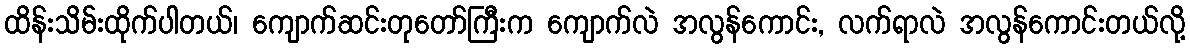
ထိန်းသိမ်းထိုက်ပါတယ်၊ ကျောက်ဆင်းတုတော်ကြီးက ကျောက်လဲ အလွန်ကောင်း, လက်ရာလဲ အလွန်ကောင်းတယ်လို့